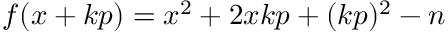
f ( x + k p ) = x ^ { 2 } + 2 x k p + ( k p ) ^ { 2 } - n